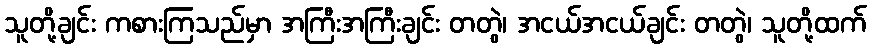
သူတို့ချင်း ကစားကြသည်မှာ အကြီးအကြီးချင်း တတွဲ၊ အငယ်အငယ်ချင်း တတွဲ၊ သူတို့ထက်